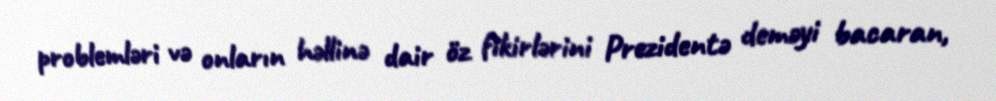
problemləri və onların həllinə dair öz fikirlərini Prezidentə deməyi bacaran,